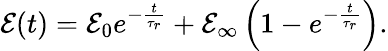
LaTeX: \mathcal{E}(t)=\mathcal{E}_{0}e^{-\frac{{t}}{{\tau_{r}}}}+\mathcal{E}_{\infty}\left(1-e^{-\frac{{t}}{{\tau_{r}}}}\right).